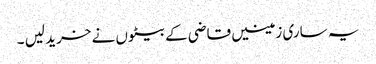
یہ ساری زمینیں قاضی کے بیٹوں نے خرید لیں ۔